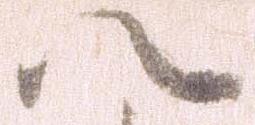
八